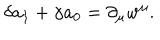
\delta a _ { 1 } + \gamma a _ { 0 } = \partial _ { \mu } w ^ { \mu } .